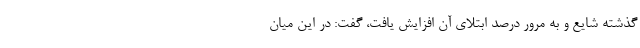
گذشته شایع و به مرور درصد ابتلای آن افزایش یافت، گفت: در این میان